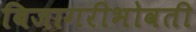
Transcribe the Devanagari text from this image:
बिजागरीभोवती